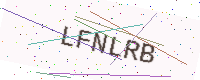
Text: LFNLRB